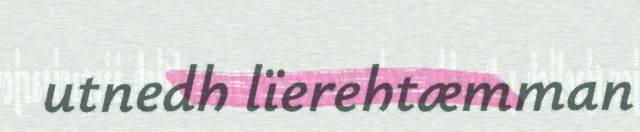
utnedh lïerehtæmman